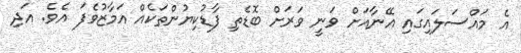
އެ މައްސަލައިގައި އޭނާއަށް ވަނީ ވަރަށް ބޮޑެތި ފާޑުކިޔުންތަކެއް އަމާޒުވެފަ އެވެ. އަދި